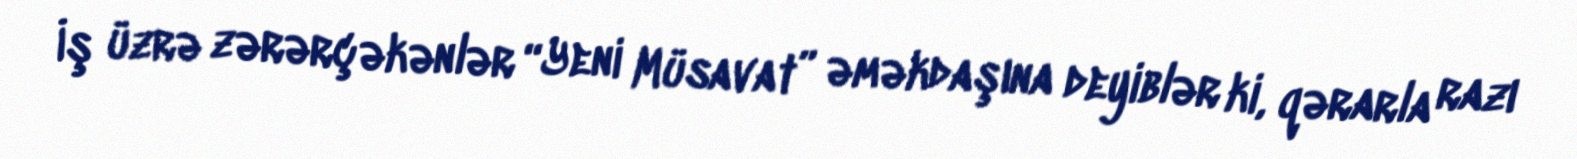
İş üzrə zərərçəkənlər “Yeni Müsavat” əməkdaşına deyiblər ki, qərarla razı